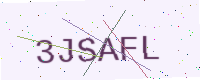
Text: 3JSAFL